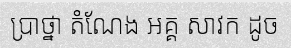
ប្រាថ្នា តំណែង អគ្គ សាវក ដូច